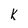
Character: k